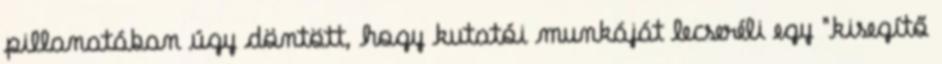
pillanatában úgy döntött, hogy kutatói munkáját lecseréli egy "kisegítő